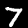
Label: 7